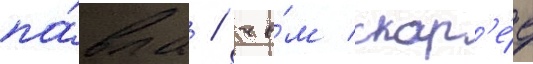
па́вла / че́м скор'е́е